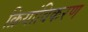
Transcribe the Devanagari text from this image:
क्रियांविकरण